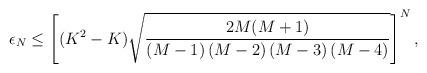
LaTeX: \begin{align*}\epsilon_N \leq \left[ (K^2-K)\sqrt{2M(M+1) \over \left(M-1\right)\left(M-2\right)\left(M-3\right)\left(M-4\right)} \right]^N,\end{align*}